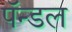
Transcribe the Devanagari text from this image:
पॅन्डल